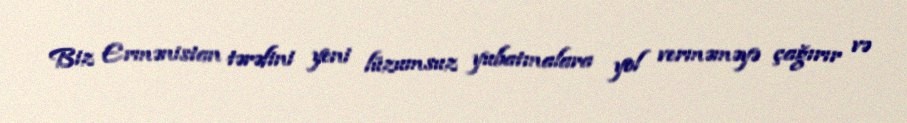
Biz Ermənistan tərəfini yeni lüzumsuz yubatmalara yol verməməyə çağırır və